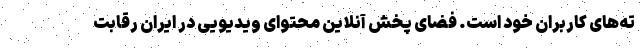
ته‌های کاربران خود است. فضای پخش آنلاین محتوای ویدیویی در ایران رقابت